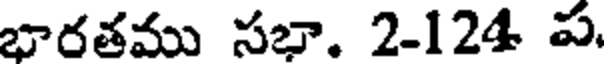
భారతము సభా. 2-124 ప.